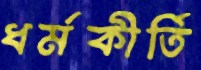
ধর্মকীর্তি